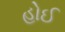
હોઈ